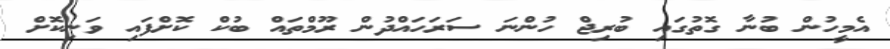
އެމީހުން ބުނާ ގޮތުގައި ބުރިޖް ހުންނަ ސަރަހައްދުން ރޫމްތައް ބުކް ކޮށްފައި ވަނިކޮށް